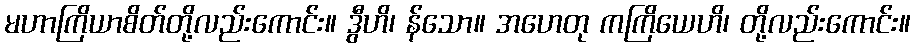
မဟာကြိယာစိတ်တို့လည်းကောင်း။ ဒွီဟိ၊ န်သော။ အဟေတု ကကြိယေဟိ၊ တို့လည်းကောင်း။